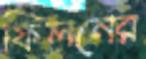
ফিলনের